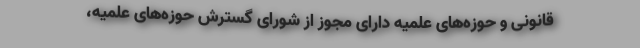
قانونی و حوزه‌های علمیه دارای مجوز از شورای گسترش حوزه‌های علمیه،